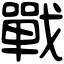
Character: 戰